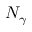
N _ { \gamma }